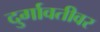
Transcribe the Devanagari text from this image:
दुर्गावतीवर